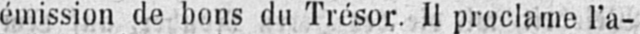
émission de bons du Trésor. Il proclame l’a-